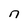
Character: n